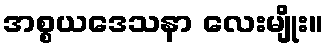
အစ္စယဒေသနာ လေးမျိုး။